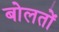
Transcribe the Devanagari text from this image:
बोलतों